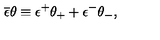
\overline { { \epsilon } } \theta \equiv \epsilon ^ { + } \theta _ { + } + \epsilon ^ { - } \theta _ { - } ,